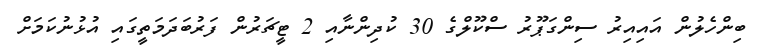
ބިންހެލުން އައިއިރު ސިންގަޕޫރު ސްކޫލްގެ 30 ކުދިންނާއި 2 ޓީޗަރުން ފަރުބަދަމަތީގައި އުޅުނުކަމަށް